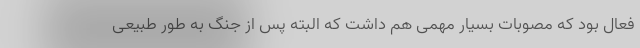
فعال بود که مصوبات بسیار مهمی هم داشت که البته پس از جنگ به طور طبیعی